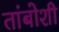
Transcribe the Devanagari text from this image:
तांबोशी